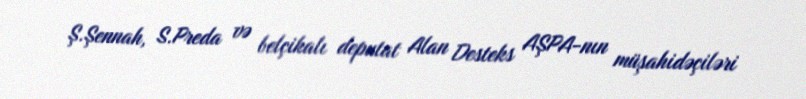
Ş.Şennah, S.Preda və belçikalı deputat Alan Desteks AŞPA-nın müşahidəçiləri